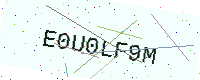
Text: E0U0LF9M